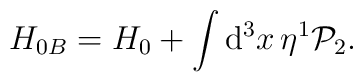
H_{0B}=H_{0}+\int \mathrm{d}^{3}x\,\eta ^{1}\mathcal{P}_{2}.